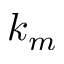
k _ { m }